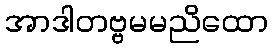
အာဒါတဗ္ဗမမညိထော